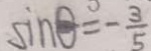
\sin \theta ^ { \circ } = - \frac { 3 } { 5 }